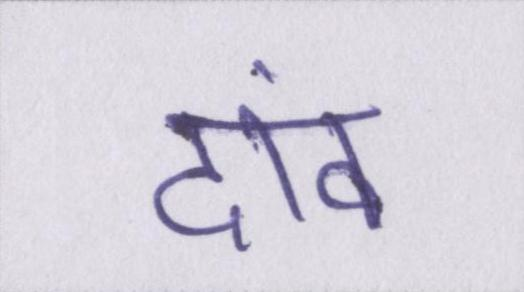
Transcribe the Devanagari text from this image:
दांव